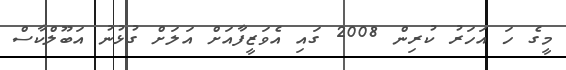
މީގެ ހަ އަހަރު ކުރިން 2008 ގައި އެވަޒީފާއަށް އަލަށް ގުޅުނު އަބޫލްކާސް